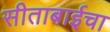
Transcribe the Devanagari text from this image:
सीताबाईचा